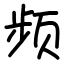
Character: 频